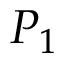
P _ { 1 }